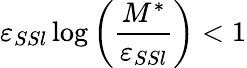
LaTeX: \varepsilon_{SSl}\log\left(\frac{M^{*}}{\varepsilon_{SSl}}\right)<1